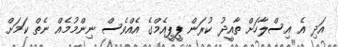
އަދި އެ އިސްލާހަށް ތާއީދު ކުރަން ޕީޕީއެމްގެ އެއްވެސް ނިންމުމެއް ނެތް ކަމަށް